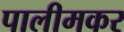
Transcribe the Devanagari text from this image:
पालीमकर